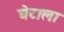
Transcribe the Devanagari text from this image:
घेटाला